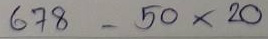
678 - 50 x20